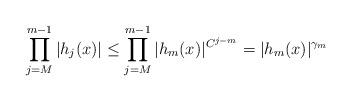
LaTeX: \begin{align*}\prod_{j=M}^{m-1} |h_{j}(x)| \leq \prod_{j=M}^{m-1} |h_{m}(x)|^{C^{j-m}} =|h_{m}(x)|^{\gamma_m}\end{align*}